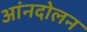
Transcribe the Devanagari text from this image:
आंनदोलन